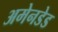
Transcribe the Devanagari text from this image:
अमेनडेड